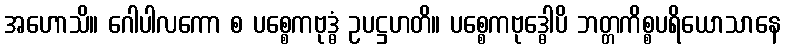
အဟောသိ။ ဂေါပါလကော စ ပစ္စေကဗုဒ္ဓံ ဥပဋ္ဌဟတိ။ ပစ္စေကဗုဒ္ဓေါပိ ဘတ္တကိစ္စပရိယောသာနေ